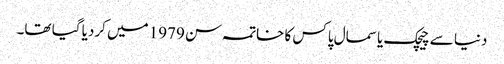
دنیا سے چیچک یا سمال پاکس کا خاتمہ سن 1979 میں کردیا گیا تھا۔